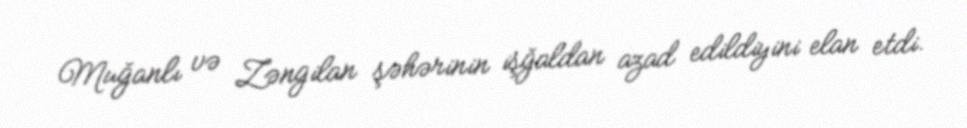
Muğanlı və Zəngilan şəhərinin işğaldan azad edildiyini elan etdi.